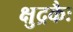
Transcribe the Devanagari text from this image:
क्षुद्रकैः